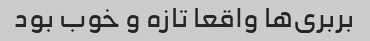
بربری‌ها واقعا تازه و خوب بود